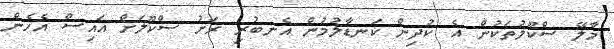
މާލޭ ސްކޫލުތަކުން އެ ކުދިން ކަނޑާލުމުން އެނބުރި ރަށު ސްކޫލަށް އައިސް އެހެން